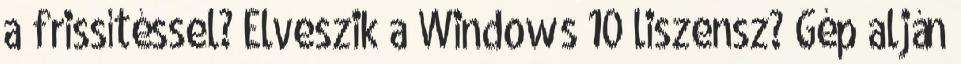
a frissítéssel? Elveszik a Windows 10 liszensz? Gép alján